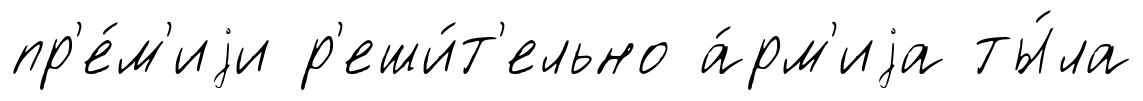
пр'е́м'иjи р'еши́т'ельно а́рм'иjа ты́ла